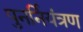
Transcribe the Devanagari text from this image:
पुनर्नियंत्रण